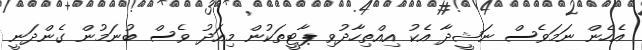
އެހެން ނަމަވެސް ނަޝީދާ އެކު އިއްތިހާދުވި ޕާޓީތަކުން މިއަދު ވެސް ބުނަމުން ގެންދަނީ